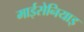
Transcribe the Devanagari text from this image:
माईसेनियाइ